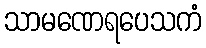
သာမဏေရပေသကံ